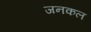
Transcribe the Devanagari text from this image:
जनकल